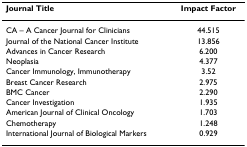
<table><thead><tr><td><b>Journal Title</b></td><td><b>Impact Factor</b></td></tr></thead><tbody><tr><td>CA – A Cancer Journal for Clinicians</td><td>44.515</td></tr><tr><td>Journal of the National Cancer Institute</td><td>13.856</td></tr><tr><td>Advances in Cancer Research</td><td>6.200</td></tr><tr><td>Neoplasia</td><td>4.377</td></tr><tr><td>Cancer Immunology, Immunotherapy</td><td>3.52</td></tr><tr><td>Breast Cancer Research</td><td>2.975</td></tr><tr><td>BMC Cancer</td><td>2.290</td></tr><tr><td>Cancer Investigation</td><td>1.935</td></tr><tr><td>American Journal of Clinical Oncology</td><td>1.703</td></tr><tr><td>Chemotherapy</td><td>1.248</td></tr><tr><td>International Journal of Biological Markers</td><td>0.929</td></tr></tbody></table>